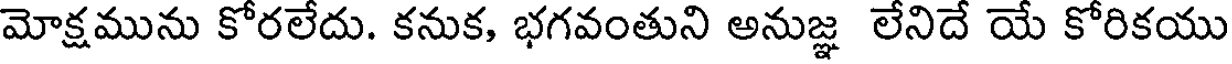
మోక్షమును కోరలేదు. కనుక, భగవంతుని అనుజ్ఞ లేనిదే యే కోరికయు